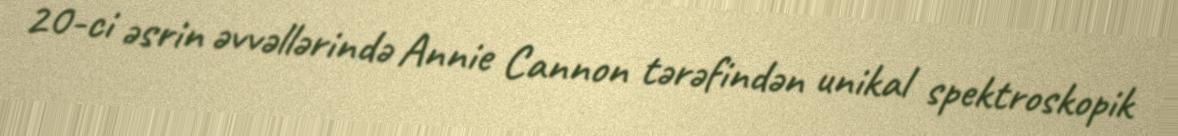
20-ci əsrin əvvəllərində Annie Cannon tərəfindən unikal spektroskopik